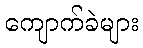
ကျောက်ခဲများ